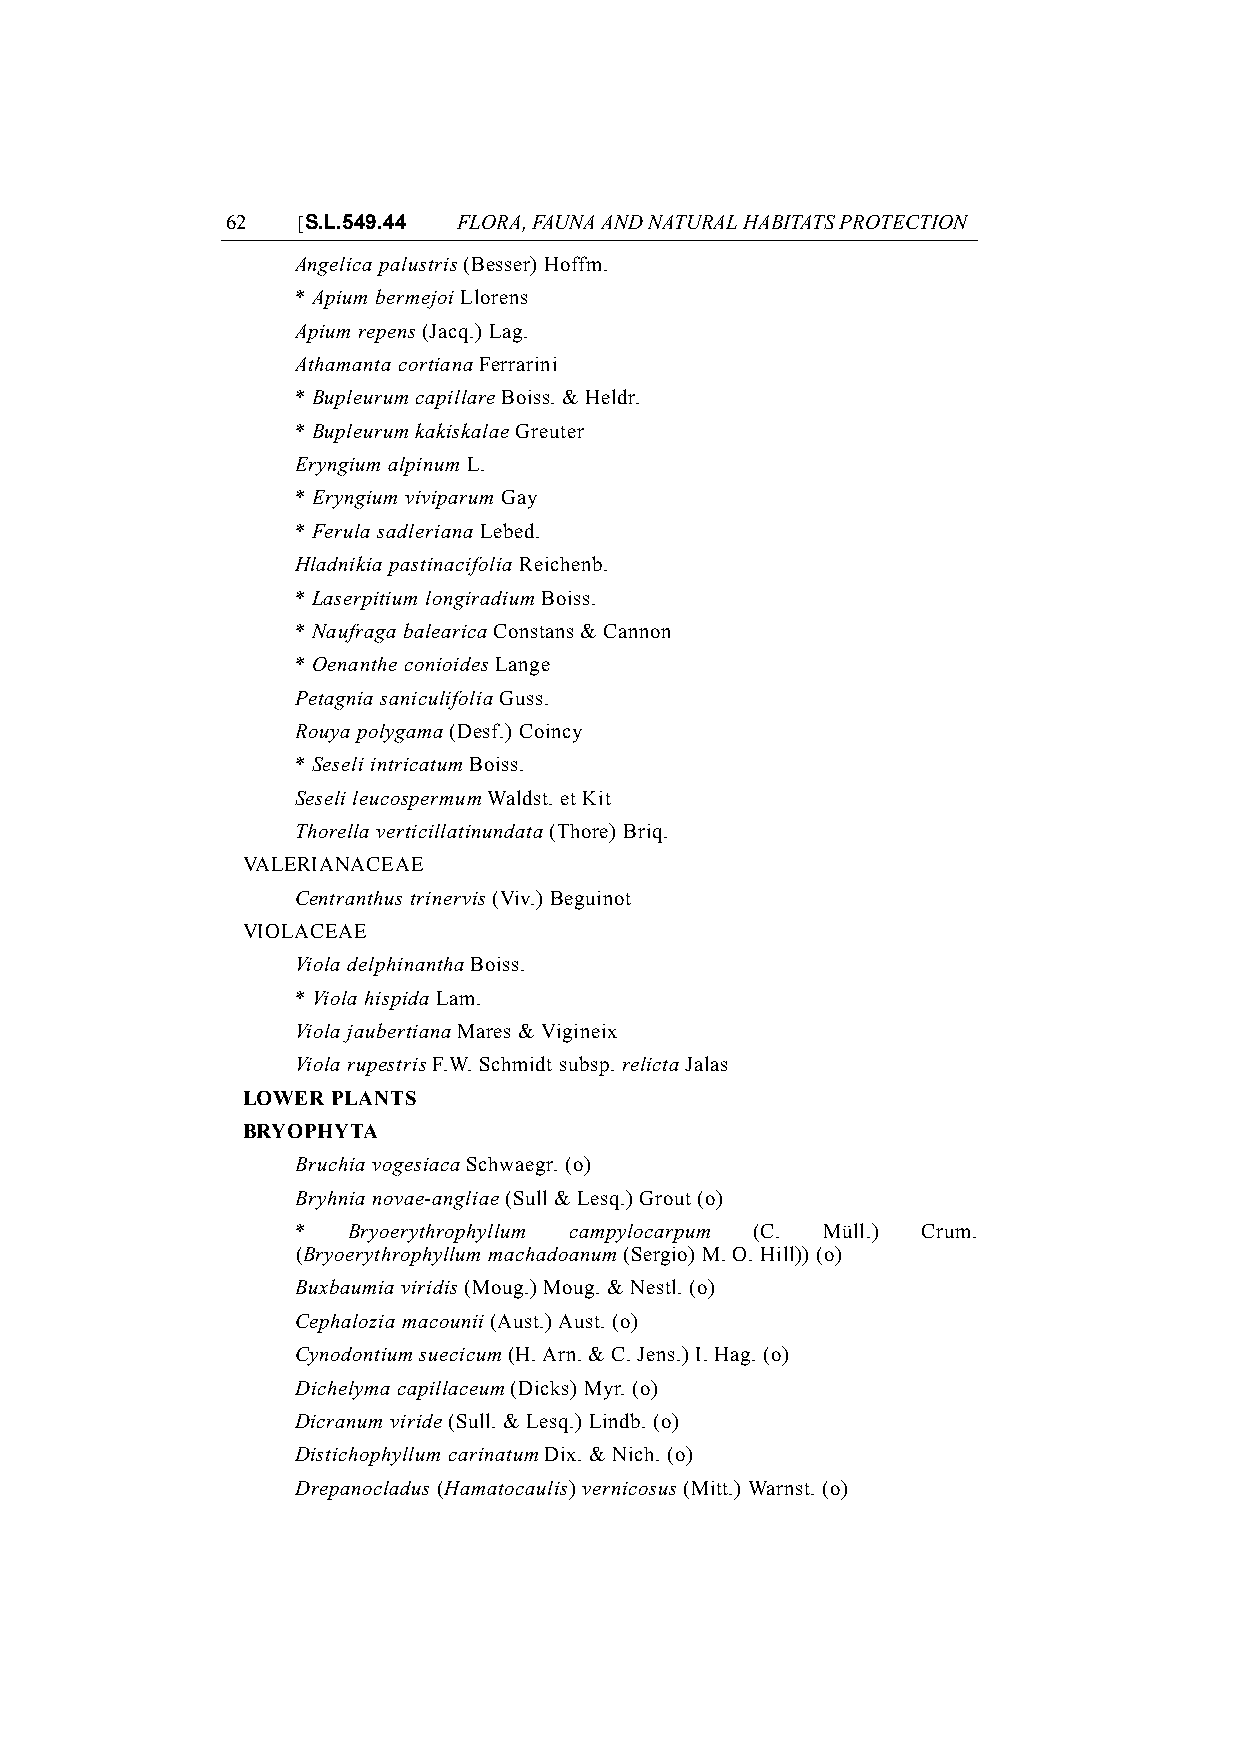
62   [S.L.549.44 FLORA, FAUNA AND NATURAL HABITATS PROTECTION
 Angelica palustris (Besser) Hoffm.
 * Apium bermejoi Llorens
 Apium repens (Jacq.) Lag.
 Athamanta cortiana Ferrarini
 * Bupleurum capillare Boiss. & Heldr.
 * Bupleurum kakiskalae Greuter
 Eryngium alpinum L.
 * Eryngium viviparum Gay
 * Ferula sadleriana Lebed.
 Hladnikia pastinacifolia Reichenb.
 * Laserpitium longiradium Boiss.
 * Naufraga balearica Constans & Cannon
 * Oenanthe conioides Lange
 Petagnia saniculifolia Guss.
 Rouya polygama (Desf.) Coincy
 * Seseli intricatum Boiss.
 Seseli leucospermum Waldst. et Kit
 Thorella verticillatinundata (Thore) Briq.
 VALERIANACEAE
 Centranthus trinervis (Viv.) Beguinot
 VIOLACEAE
 Viola delphinantha Boiss.
 * Viola hispida Lam.
 Viola jaubertiana Mares & Vigineix
 Viola rupestris F.W. Schmidt subsp. relicta Jalas
 LOWER PLANTS
 BRYOPHYTA
 Bruchia vogesiaca Schwaegr. (o)
 Bryhnia novae-angliae (Sull & Lesq.) Grout (o)
 *  Bryoerythrophyllum campylocarpum (C. Müll.) Crum.
 (Bryoerythrophyllum machadoanum (Sergio) M. O. Hill)) (o)
 Buxbaumia viridis (Moug.) Moug. & Nestl. (o)
 Cephalozia macounii (Aust.) Aust. (o)
 Cynodontium suecicum (H. Arn. & C. Jens.) I. Hag. (o)
 Dichelyma capillaceum (Dicks) Myr. (o)
 Dicranum viride (Sull. & Lesq.) Lindb. (o)
 Distichophyllum carinatum Dix. & Nich. (o)
 Drepanocladus (Hamatocaulis) vernicosus (Mitt.) Warnst. (o)